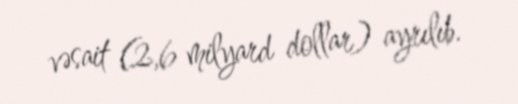
vəsait (2,6 milyard dollar) ayrılıb.